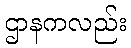
ဌာနကလည်း